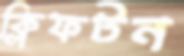
ক্লিফটন